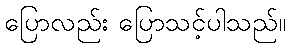
ပြောလည်း ပြောသင့်ပါသည်။